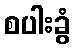
စပါးခွံ